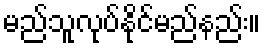
မည်သူလုပ်နိုင်မည်နည်း။